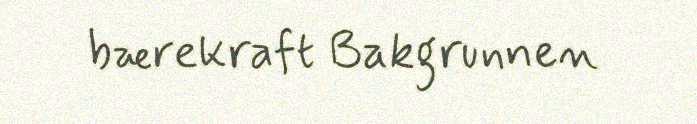
bærekraft Bakgrunnen